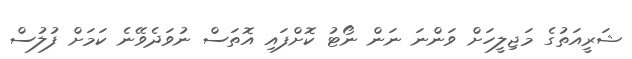
ޝަރީއަތުގެ މަޖިލީހަށް ވަންނަ ނަން ނޯޓު ކޮށްފައި އޮތަސް ނުވަދެވޭނެ ކަމަށް ފުލުސް